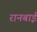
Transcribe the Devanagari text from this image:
रानबाई